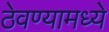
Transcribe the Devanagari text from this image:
ठेवण्यामध्ये